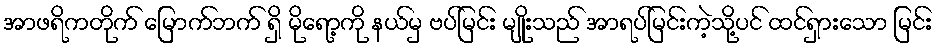
အာဖရိကတိုက် မြောက်ဘက် ရှိ မိုရော့ကို နယ်မှ ဗပ်မြင်း မျိုးသည် အာရပ်မြင်းကဲ့သို့ပင် ထင်ရှားသော မြင်း